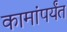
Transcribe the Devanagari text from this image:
कामांपर्यंत